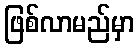
ဖြစ်လာမည်မှာ